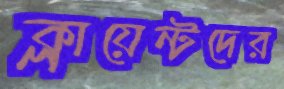
ক্লায়েন্টদের